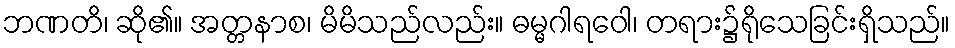
ဘဏတိ၊ ဆို၏။ အတ္တနာစ၊ မိမိသည်လည်း။ ဓမ္မဂါရဝေါ၊ တရား၌ရိုသေခြင်းရှိသည်။